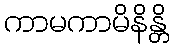
ကာမကာမိနိန္တိ